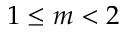
1 \leq m < 2